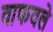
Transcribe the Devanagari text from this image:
वाफवले